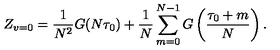
Z _ { v = 0 } = \frac { 1 } { N ^ { 2 } } G ( N \tau _ { 0 } ) + \frac { 1 } { N } \sum _ { m = 0 } ^ { N - 1 } G \left( \frac { \tau _ { 0 } + m } { N } \right) .